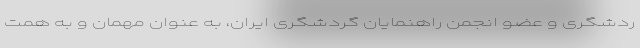
ردشگری و عضو انجمن راهنمایان گردشگری ایران، به عنوان مهمان و به همّت